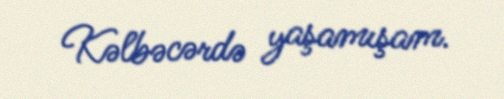
Kəlbəcərdə yaşamışam.